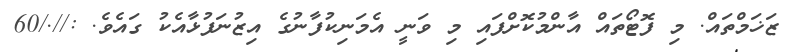
ޒަޚަމްތައް. މި ފޮޓޯތައް އާންމުކޮށްފައި މި ވަނީ އެމަނިކުފާނުގެ އިޒުނަފުޅާއެކު ގައެވެ. ://./60